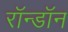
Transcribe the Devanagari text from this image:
रॉन्डॉन